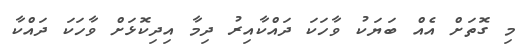
މި ގޮތަށް އެއް ބަޔަކު ވާހަކަ ދައްކާއިރު ދިމާ އިދިކޮޅަށް ވާހަކަ ދައްކާ